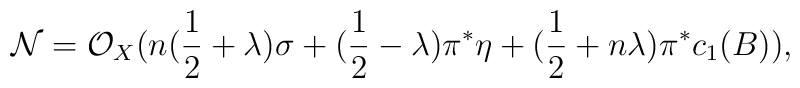
{\cal N}= {\cal O}_{X}(n(\frac{1}{2}+\lambda)\sigma+(\frac{1}{2}-\lambda)\pi^{*}\eta+(\frac{1}{2}+n\lambda)\pi^{*}c_{1}(B)),